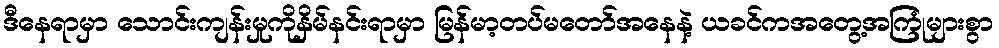
ဒီနေရာမှာ သောင်းကျန်းမှုကိုနှိမ်နင်းရာမှာ မြန်မာ့တပ်မတော်အနေနဲ့ ယခင်ကအတွေ့အကြုံများစွာ